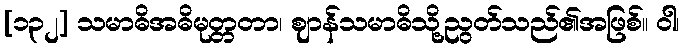
[၁၃၂] သမာဓိအဓိမုတ္တတာ၊ ဈာန်သမာဓိသို့ညွတ်သည်၏အဖြစ်။ ဝါ၊